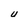
Character: U